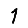
Digit: 1